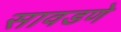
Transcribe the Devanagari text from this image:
सावडणे